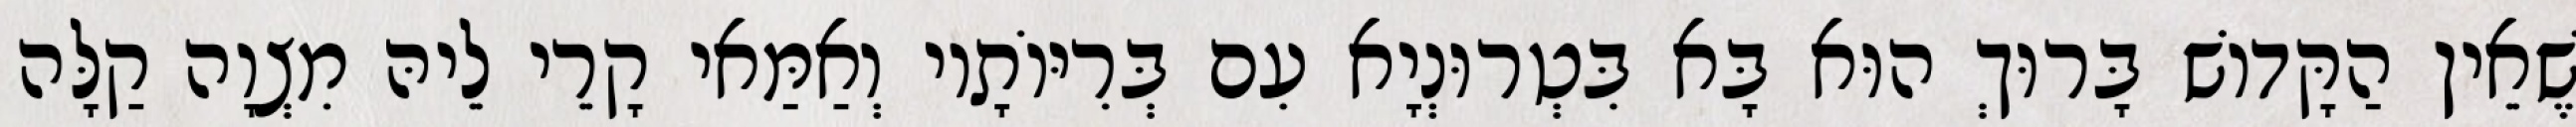
שֶׁאֵין הַקָּדוֹשׁ בָּרוּךְ הוּא בָּא בִּטְרוּנְיָא עִם בְּרִיּוֹתָיו וְאַמַּאי קָרֵי לֵיהּ מִצְוָה קַלָּה